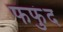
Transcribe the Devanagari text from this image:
फफुंद